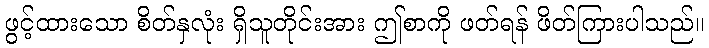
ဖွင့်ထားသော စိတ်နှလုံး ရှိသူတိုင်းအား ဤစာကို ဖတ်ရန် ဖိတ်ကြားပါသည်။